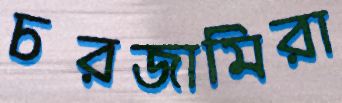
চরজামিরা